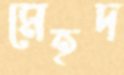
মেহদ